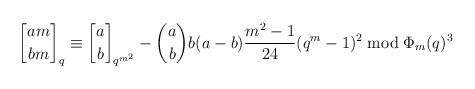
LaTeX: \begin{align*}{am \brack bm}_q \equiv {a \brack b}_{q^{m^2}} - \binom{a}{b}b(a-b)\frac{m^2-1}{24}(q^m-1)^2 \bmod {\Phi_m(q)^3}\end{align*}